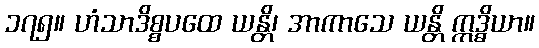
၁၇၅။ ဟံသာဒိစ္စပထေ ယန္တိ၊ အာကာသေ ယန္တိ ဣဒ္ဓိယာ။